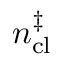
n _ { \mathrm { c l } } ^ { \ddag }